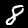
Digit: 8